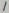
Text: 1